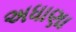
અધાણા